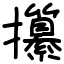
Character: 攥